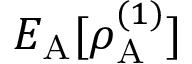
E _ { \mathrm { A } } [ \rho _ { \mathrm { A } } ^ { ( 1 ) } ]